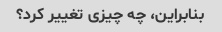
بنابراین، چه چیزی تغییر کرد؟